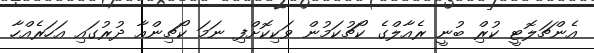
އެންޗަލޮޓީ ކުރިް ބުނީ ރެއާލްގެ ކޯޗުކަމުން ވަކިކޮށްފި ނަމަ ކޯޗިންއާ ދުރުގައި އަހަރެއްހާ